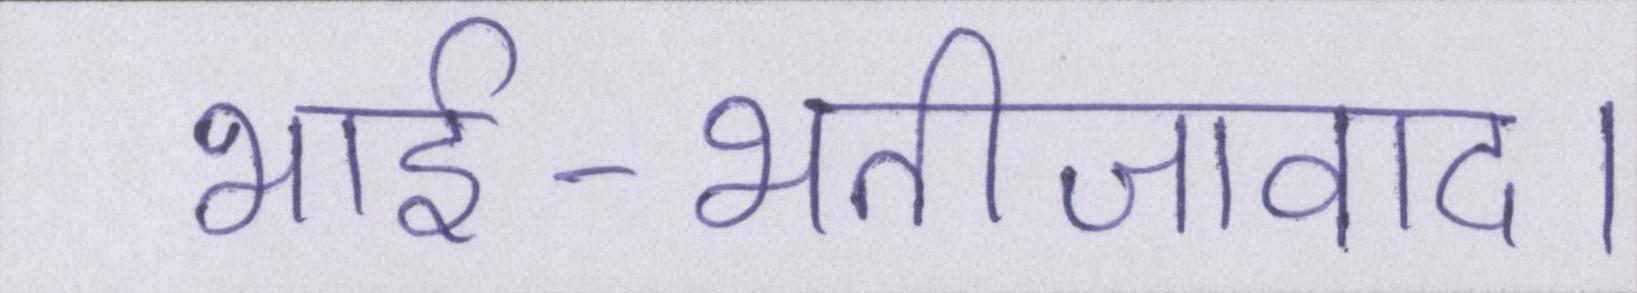
भार्इ-भतीजावाद।